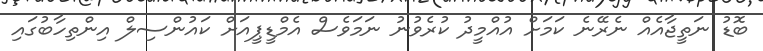
ބޮޑު ނަތީޖާއެއް ނެރޭނެ ކަމަށް އުއްމީދު ކުރެވުނު ނަމަވެސް އެމްޑީޕީއަށް ކައުންސިލް އިންތިހާބުގައި